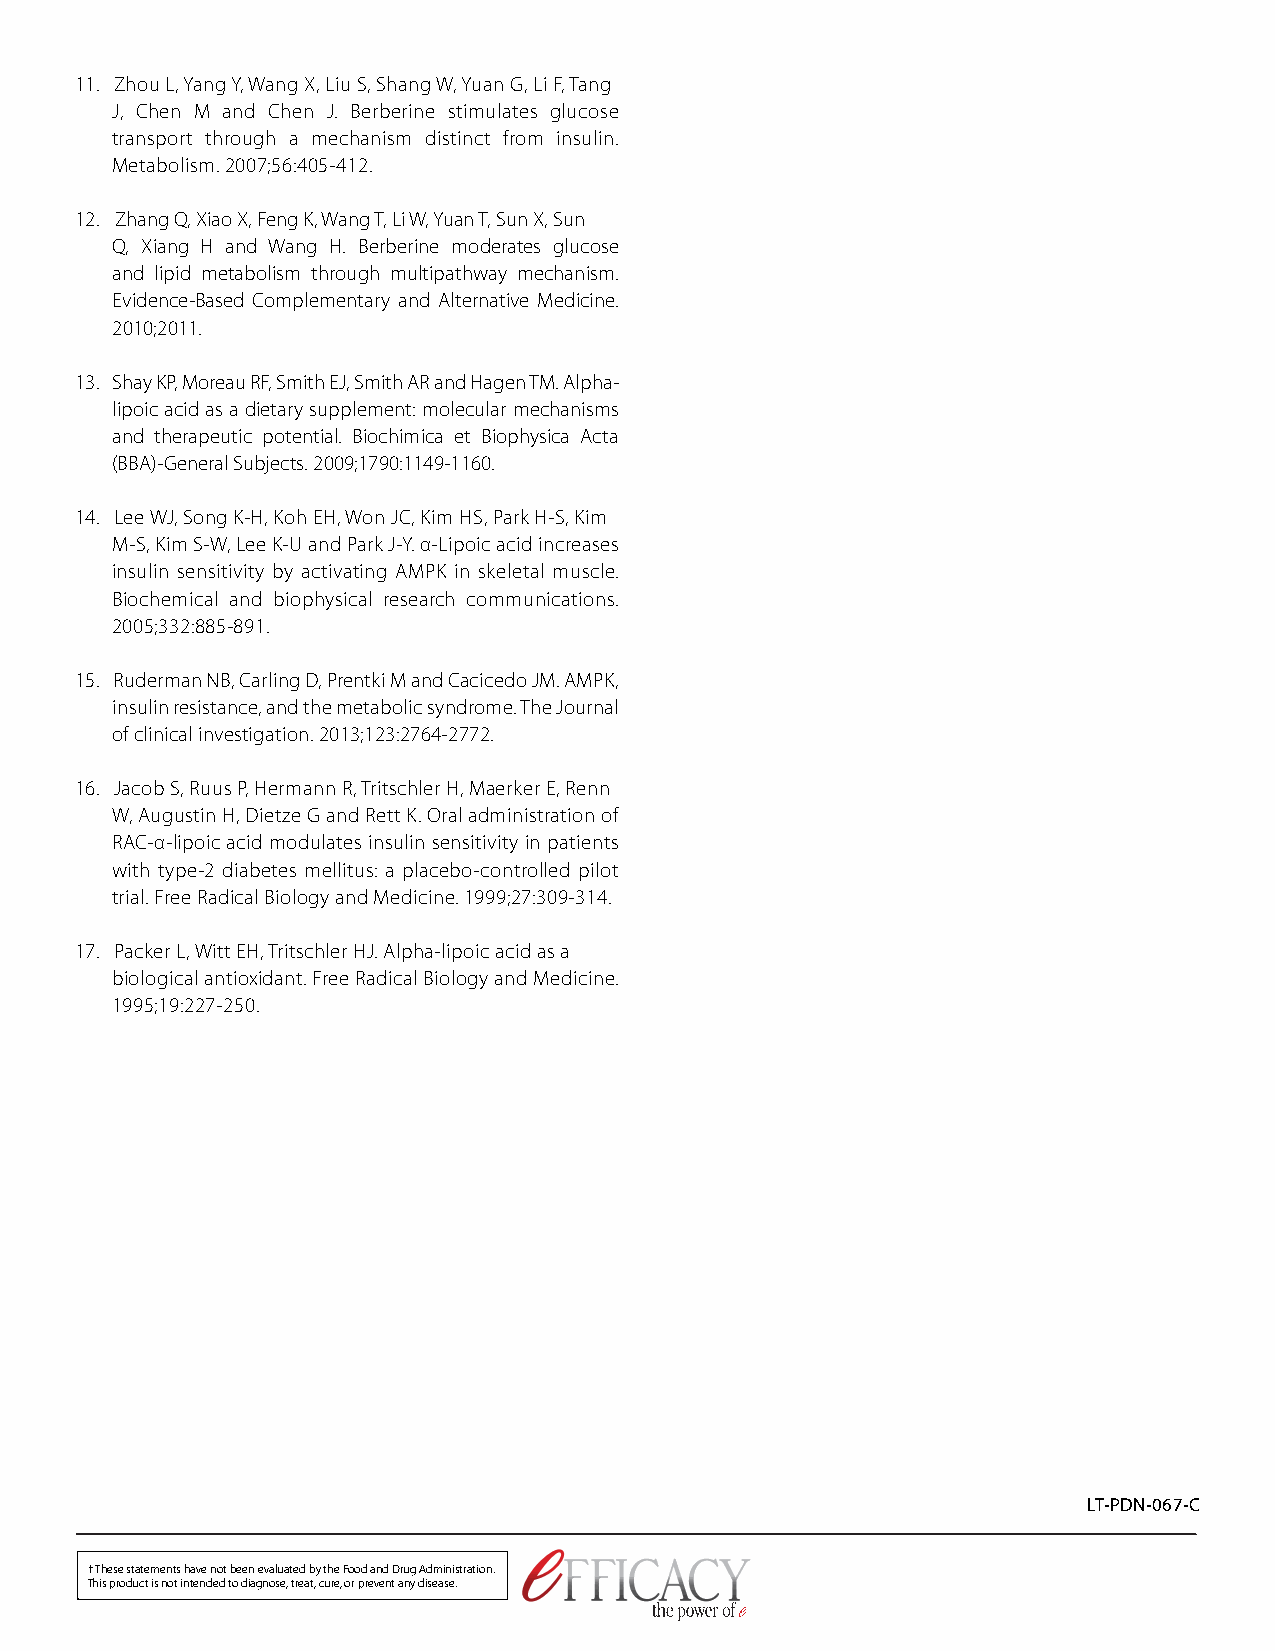
11. Zhou L, Yang Y, Wang X, Liu S, Shang W, Yuan G, Li F, Tang
 J, Chen M and Chen J. Berberine stimulates glucose
 transport through a mechanism distinct from insulin.
 Metabolism. 2007;56:405-412.
 12. Zhang Q, Xiao X, Feng K, Wang T, Li W, Yuan T, Sun X, Sun
 Q, Xiang H and Wang H. Berberine moderates glucose
 and lipid metabolism through multipathway mechanism.
 Evidence-Based Complementary and Alternative Medicine.
 2010;2011.
 13. Shay KP, Moreau RF, Smith EJ, Smith AR and Hagen TM. Alpha-
 lipoic acid as a dietary supplement: molecular mechanisms
 and therapeutic potential. Biochimica et Biophysica Acta
 (BBA)-General Subjects. 2009;1790:1149-1160.
 14. Lee WJ, Song K-H, Koh EH, Won JC, Kim HS, Park H-S, Kim
 M-S, Kim S-W, Lee K-U and Park J-Y. α-Lipoic acid increases
 insulin sensitivity by activating AMPK in skeletal muscle.
 Biochemical and biophysical research communications.
 2005;332:885-891.
 15. Ruderman NB, Carling D, Prentki M and Cacicedo JM. AMPK,
 insulin resistance, and the metabolic syndrome. The Journal
 of clinical investigation. 2013;123:2764-2772.
 16. Jacob S, Ruus P, Hermann R, Tritschler H, Maerker E, Renn
 W, Augustin H, Dietze G and Rett K. Oral administration of
 RAC-α-lipoic acid modulates insulin sensitivity in patients
 with type-2 diabetes mellitus: a placebo-controlled pilot
 trial. Free Radical Biology and Medicine. 1999;27:309-314.
 17. Packer L, Witt EH, Tritschler HJ. Alpha-lipoic acid as a
 biological antioxidant. Free Radical Biology and Medicine.
 1995;19:227-250.
 LT-PDN-067-C
 † These statements have not been evaluated by the Food and Drug Administration.
 This product is not intended to diagnose, treat, cure, or prevent any disease.